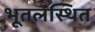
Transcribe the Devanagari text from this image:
भूतलस्थित